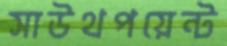
সাউথপয়েন্ট